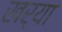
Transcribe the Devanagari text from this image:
खर्‍या